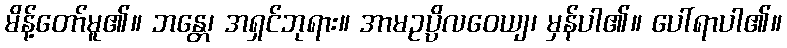
မိန့်တော်မူ၏။ ဘန္တေ၊ အရှင်ဘုရား။ အာမဥပ္ပိလဝေယျ၊ မှန်ပါ၏။ ပေါ်ရာပါ၏။